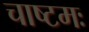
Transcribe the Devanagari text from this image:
चाष्टमः